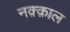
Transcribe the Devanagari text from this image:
नक़्क़ाल